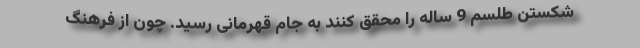
شکستن طلسم 9 ساله را محقق کنند به جام قهرمانی رسید. چون از فرهنگ